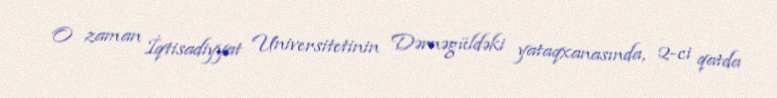
O zaman İqtisadiyyat Universitetinin Dərnəgüldəki yataqxanasında, 2-ci qatda